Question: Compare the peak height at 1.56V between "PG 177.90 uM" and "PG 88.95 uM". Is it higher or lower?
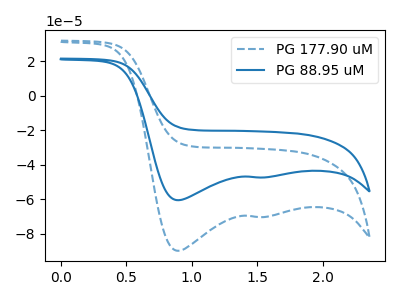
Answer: <think>The blue dashed curve "PG 177.90 uM" has cathodic peaks at (0.90V, -90.00uA) (1.55V, -70.40uA). The blue curve "PG 88.95 uM" has cathodic peaks at (0.90V, -60.65uA) (1.55V, -47.45uA).</think>
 <answer>The peak at 1.56V is higher in "PG 177.90 uM" than in "PG 88.95 uM".</answer>
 <eval>higher</eval>